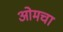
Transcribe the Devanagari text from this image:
ओमचा